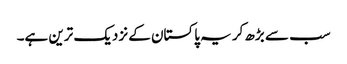
سب سے بڑھ کر یہ پاکستان کے نزدیک ترین ہے۔